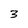
Character: 3